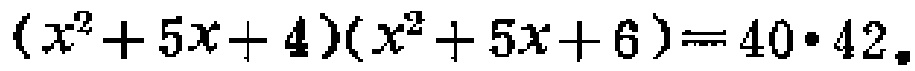
\((x^{2}+5x + 4)(x^{2}+5x + 6)=40\cdot42\)